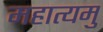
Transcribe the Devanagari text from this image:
महात्यमु